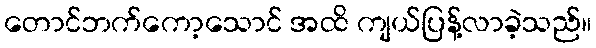
တောင်ဘက်ကော့သောင် အထိ ကျယ်ပြန့်လာခဲ့သည်။